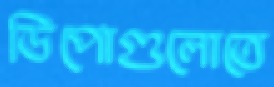
ডিপোগুলোতে